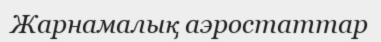
Жарнамалық аэростаттар